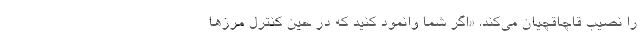
را نصیب قاچاقچیان می‌کند. «اگر شما وانمود کنید که در حین کنترل مرزها